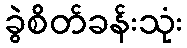
ခွဲစိတ်ခန်းသုံး